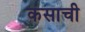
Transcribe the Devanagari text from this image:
कसाची